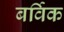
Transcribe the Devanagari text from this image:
बर्विक